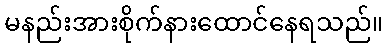
မနည်းအားစိုက်နားထောင်နေရသည်။